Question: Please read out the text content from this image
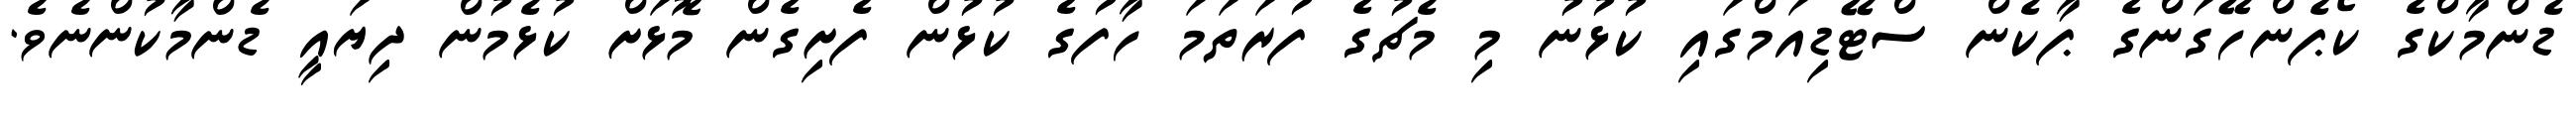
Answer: ޑެންމާކްގެ ކޯޕެންހޭގަންގެ ޕާކެން ސްޓޭޑިއަމްގައި ކުޅުނު މި މެޗުގެ ފުރަތަމަ ހާފުގެ ކުޅުން ފެށިގެން މޮޅަށް ކުޅެމުން ދިޔައީ ޑެންމާކުންނެވެ.